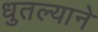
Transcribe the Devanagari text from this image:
धुतल्याने